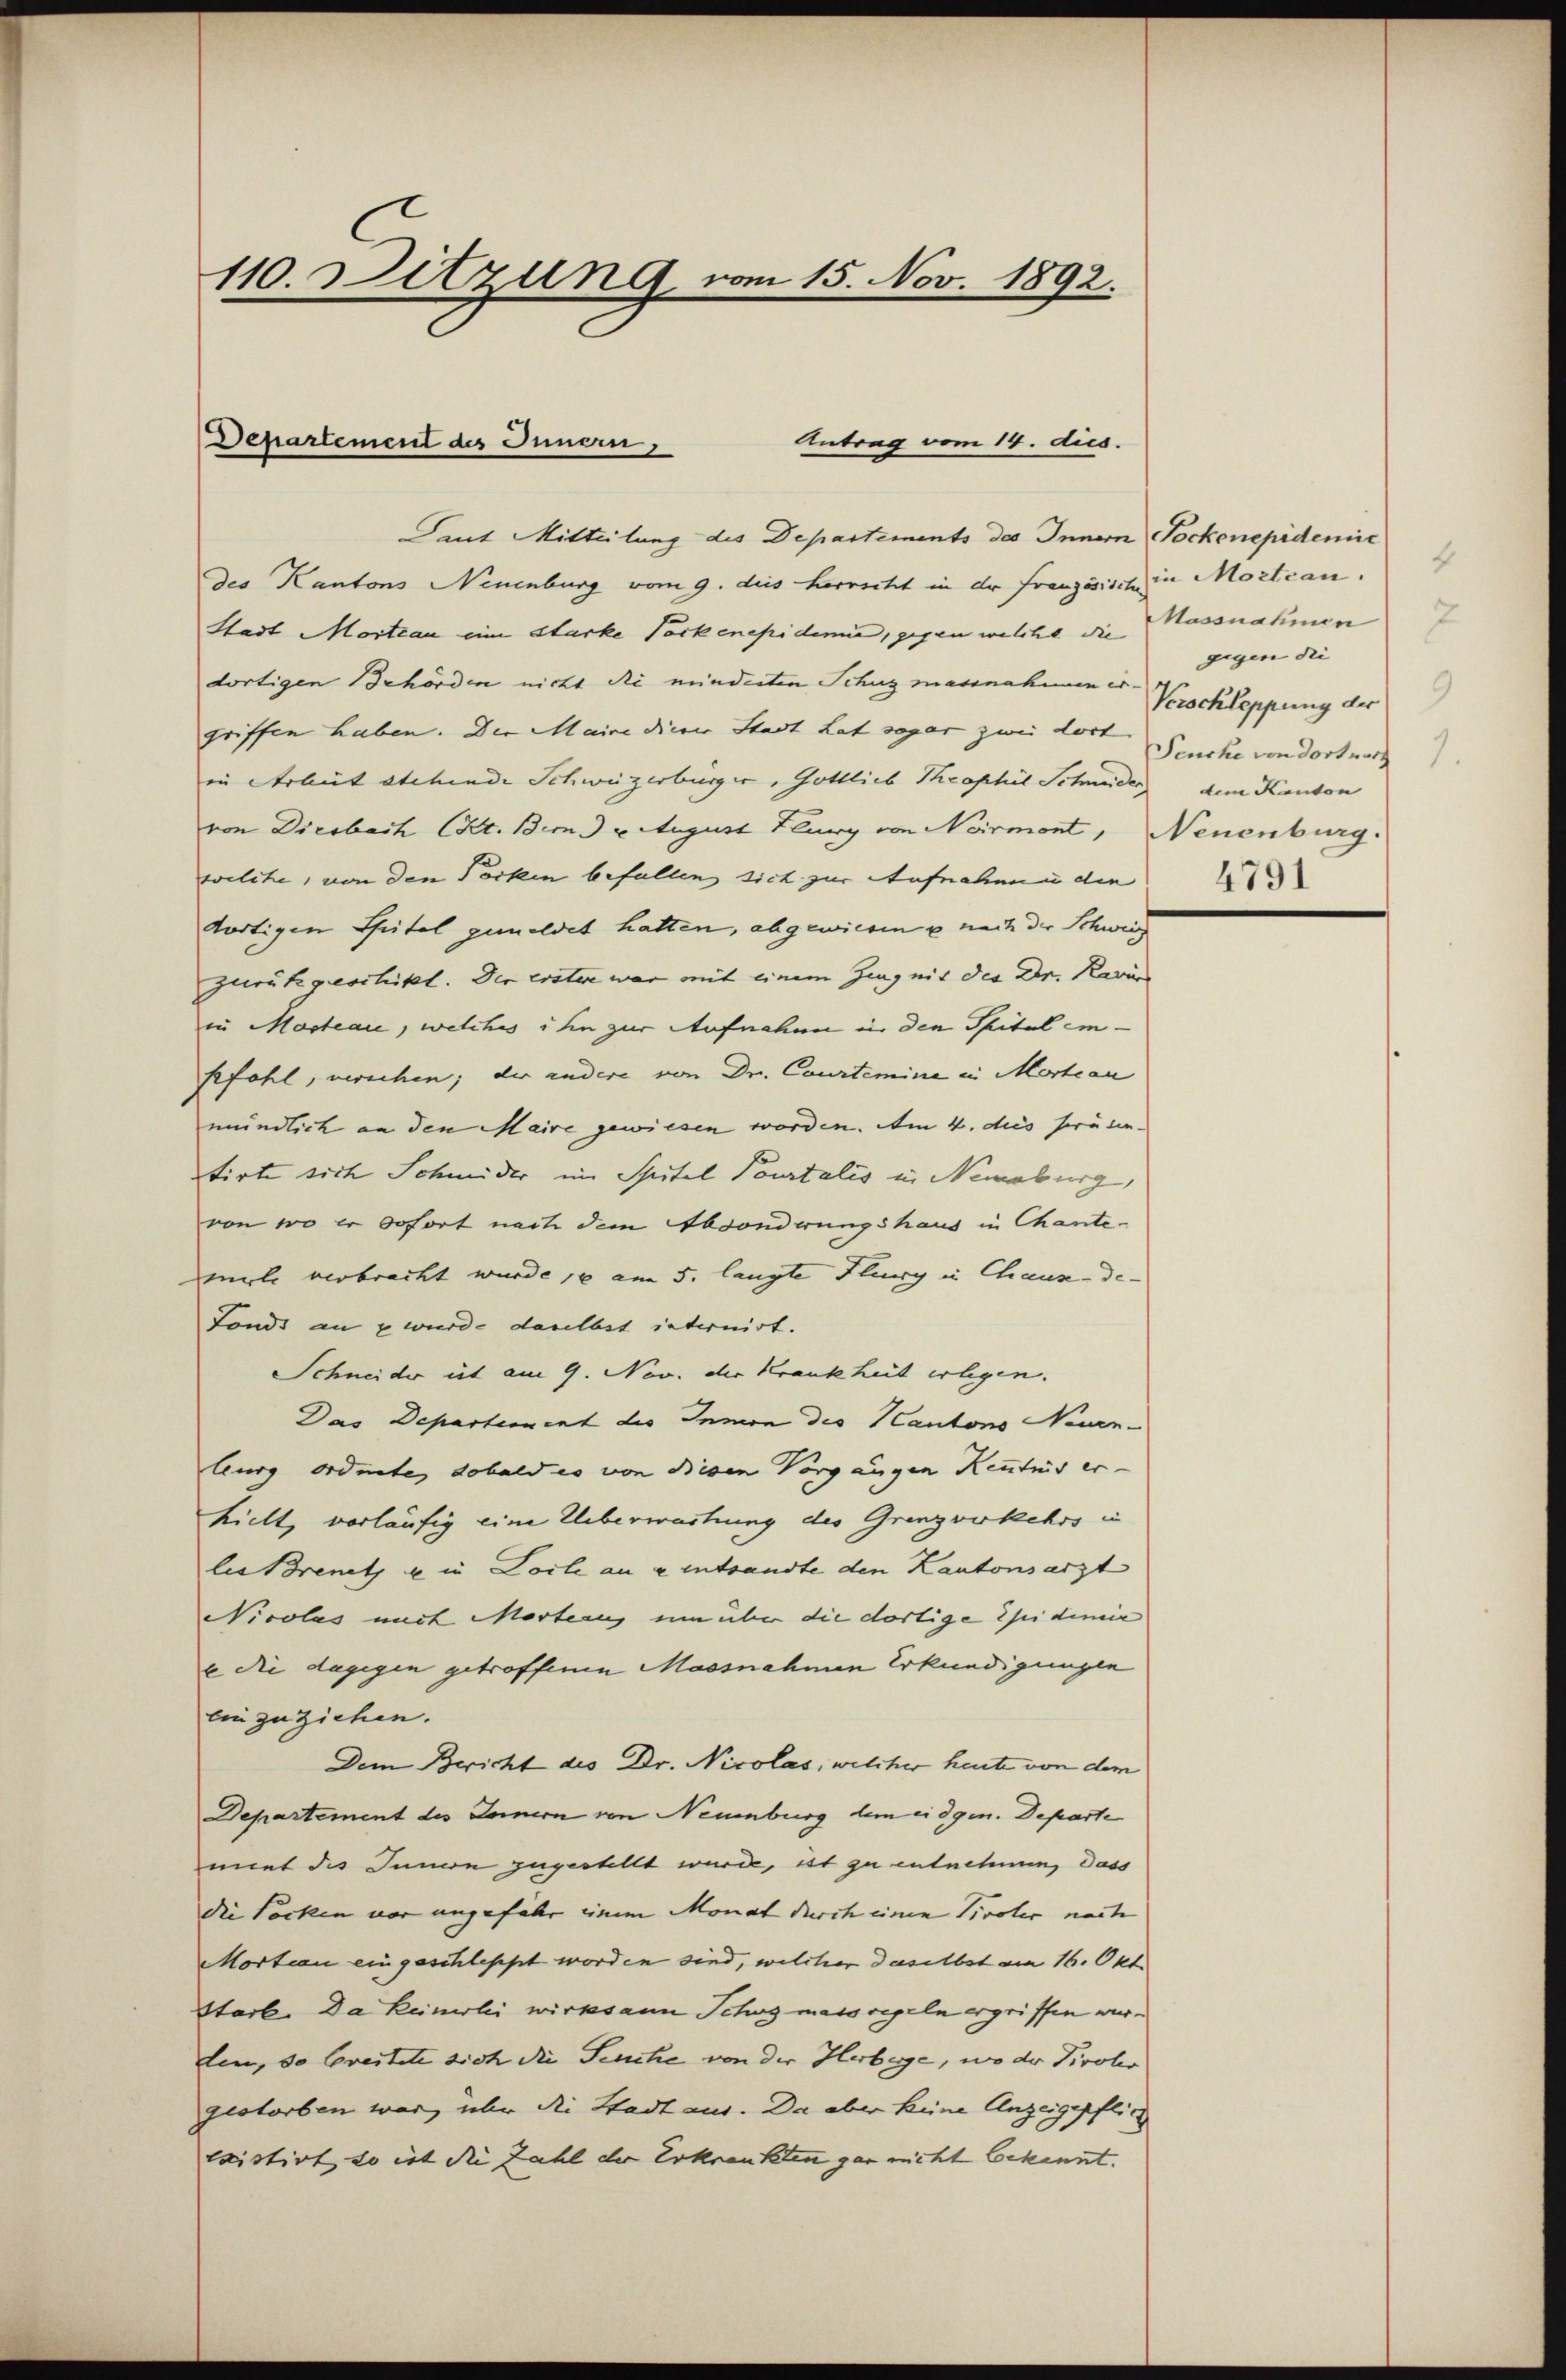
110. Sitzung vom 15. Nov. 1892.

Antrag vom 14. dies
Departement des Innern,

Taut Mitteilung des Departements des Innern Pockenepidemie
des Kantons Neuenburg vom 9. dies herrscht in der französisch in Mortcan.
Stadt Martian eine Starke Packenepidemie, gegen welche die Massnahmen
dortigen Behörden nicht die minderten Schuz massnahmen er
griffen haben. Die Maire dieser Stadt hat sogar zwei dort. Feuche von dort nach
in Arbeit stehende Schweizerbürger, Gottlieb Theophil Schneider
von Diesbach Kt. Bem u. August Flury von Nermont, Neuenburg.
welche, von den Pocken befallen sich zur Aufnahmen die
dortigen Spital gemeldet hatten, abgewiesen u nach der Schweid
zurükgeschikt. Der erster war mit einem Zeug mit der Dr. Kari
in Masteare, welches ihn zur Aufnahm in den Spital em-
Gefahl, verschen; der andere von Dr. Courtemine in Martiau
mündlich an den Maire gewiesen worden. Am 4. des präsen-
tirte sich Schmider im Spital Pourtalis in Nemaburg,
von wo er sofort nach dem Absonderungshaus in Chante-
male verbracht wurde, am 5. langte Flury in Chaux-de-
Fonds an u wurde daselbst internirt.
Schneider ist am 9. Nov. die Krankheit erlegen.
Das Departement des Innion des Kantons Neuen-
burg ordnete, dobald es von diesen Vorgangen Kenntnis er-
hielt, vorläufig eine Ueberwartung des Grenzverkehrs in
lis Brenet u in Locle an a entsandte den Kantonsarzt
Nicolas mit Marten, um über die dortige Epidemie
b die dagegen getroffenen Massnahmen Erkundigungen
einzuziehen.
Dem Bericht des Dr. Nicolas, welcher heute von dem
Departement des Jennern von Neuenburg dem eidgen. Departe
miet des Innern zugestellt wurde, ist zu entnehmen, dass
die Socken vor ungefahr einem Monat durch einen Tiroler nach
Morten eingeschleppt worden sind, welcher daselbst am 16. Okt.
Starb. Da keinerlei wirksam Schon massregeln ergriffen werlen, so Greitete sich die Seuche von der Herbege, wo der Tivolis
gestorben war, über die Stadt aus. Da aber keine Anzeigepflich
existirt, so ist die Zahl der Erkrankten gar nicht bekannt.

gigen die
Verschleppung der
dem Kanton
4791

1